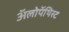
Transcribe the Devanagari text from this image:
अॅलोपॅथिस्ट